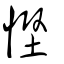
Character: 慳